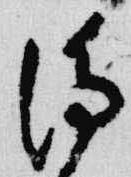
浄